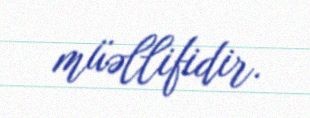
müəllifidir.